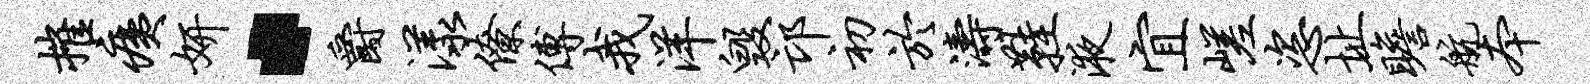
摧痍妍·爵漾僚傅我洋毁邙初於涛鞋液宜嵯恣址瞻航本